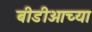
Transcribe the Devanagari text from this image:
बीडीओच्या